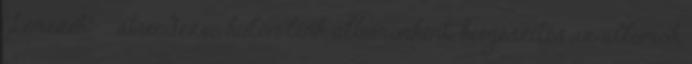
'Lemezek' » átrendezve, külön link albumonként; kiegészítés az albumok